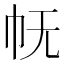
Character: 𭘓